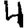
Digit: 4